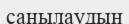
саңылаудың